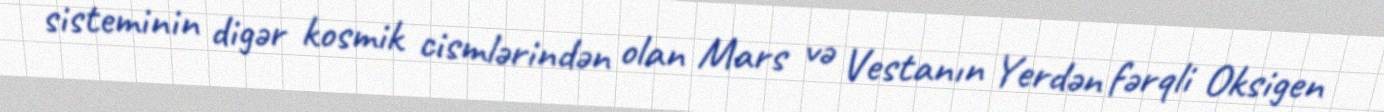
sisteminin digər kosmik cismlərindən olan Mars və Vestanın Yerdən fərqli Oksigen